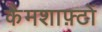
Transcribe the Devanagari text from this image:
कैमशाफ़्टों